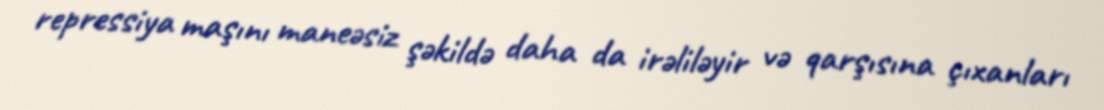
repressiya maşını maneəsiz şəkildə daha da irəliləyir və qarşısına çıxanları